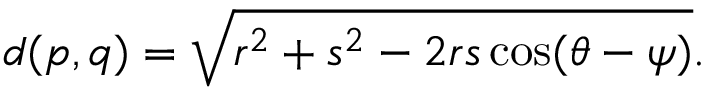
d ( p , q ) = { \sqrt { r ^ { 2 } + s ^ { 2 } - 2 r s \cos ( \theta - \psi ) } } .